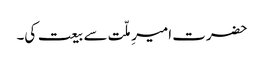
حضرت امیرِ ملّت سے بیعت کی۔